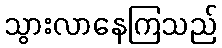
သွားလာနေကြသည်